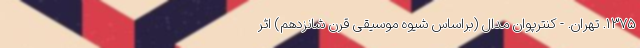
۱۳۷۵. تهران. - کنترپوان مدال (براساس شیوهٔ موسیقی قرن شانزدهم) اثر